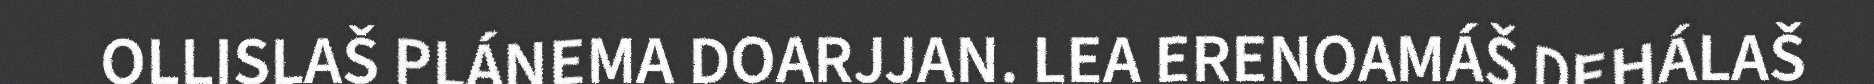
OLLISLAŠ PLÁNEMA DOARJJAN. LEA ERENOAMÁŠ DEHÁLAŠ